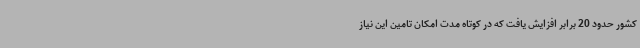
کشور حدود 20 برابر افزایش یافت که در کوتاه مدت امکان تامین این نیاز